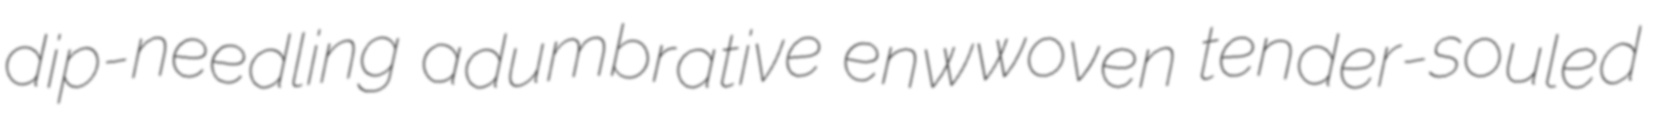
dip-needling adumbrative enwwoven tender-souled